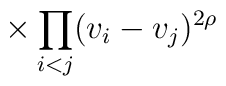
\hspace{15mm}\times\prod_{i < j}(v_{i} - v_{j})^{2\rho}